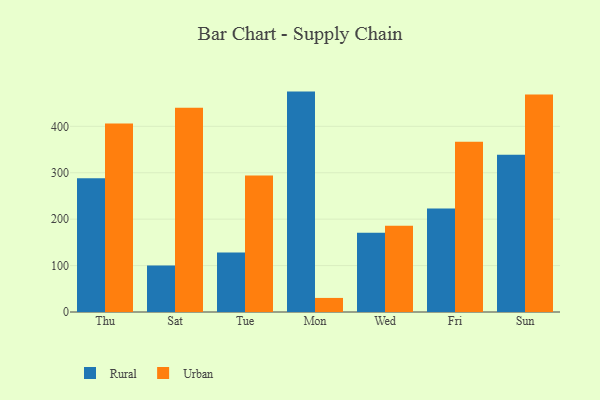
{"axis": {"x": "Day", "y": "Gross Profit (USD K)"}, "legend": ["Rural", "Urban"], "data": [{"x": "Thu", "y": 288.1, "type": "Rural"}, {"x": "Thu", "y": 406.3, "type": "Urban"}, {"x": "Sat", "y": 100.0, "type": "Rural"}, {"x": "Sat", "y": 440.0, "type": "Urban"}, {"x": "Tue", "y": 128.3, "type": "Rural"}, {"x": "Tue", "y": 294.2, "type": "Urban"}, {"x": "Mon", "y": 474.8, "type": "Rural"}, {"x": "Mon", "y": 30.3, "type": "Urban"}, {"x": "Wed", "y": 170.6, "type": "Rural"}, {"x": "Wed", "y": 186.0, "type": "Urban"}, {"x": "Fri", "y": 223.1, "type": "Rural"}, {"x": "Fri", "y": 366.9, "type": "Urban"}, {"x": "Sun", "y": 339.0, "type": "Rural"}, {"x": "Sun", "y": 468.8, "type": "Urban"}]}